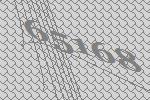
65168